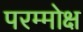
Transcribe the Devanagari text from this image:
परम्मोक्ष